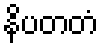
နိပတတံ